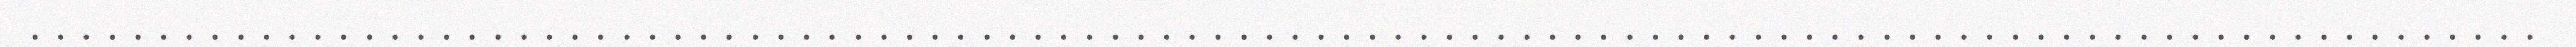
..................................................................................................